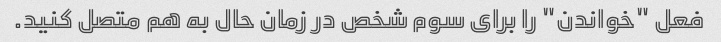
فعل "خواندن" را برای سوم شخص در زمان حال به هم متصل کنید.